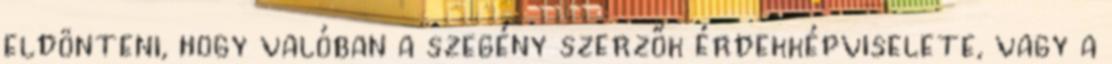
eldönteni, hogy valóban a szegény szerzők érdekképviselete, vagy a